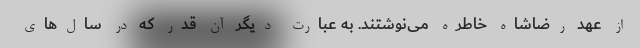
از عهد رضاشاه خاطره می‌نوشتند. به عبارت دیگر آن قدر که در سال‌های